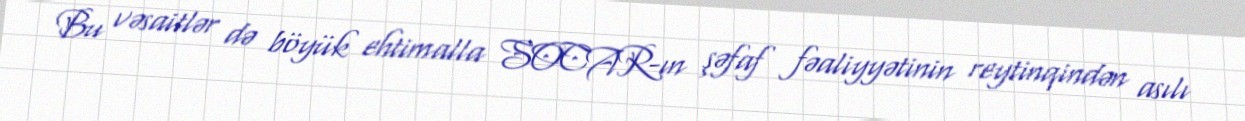
Bu vəsaitlər də böyük ehtimalla SOCAR-ın şəfaf fəaliyyətinin reytinqindən asılı